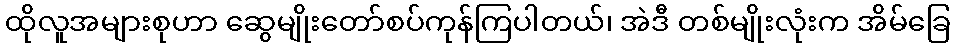
ထိုလူအများစုဟာ ဆွေမျိုးတော်စပ်ကုန်ကြပါတယ်၊ အဲဒီ တစ်မျိုးလုံးက အိမ်ခြေ